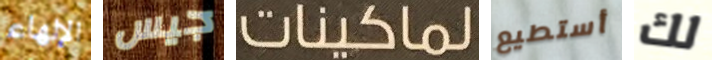
الإلهاء جيس لماكينات أستطيع لك